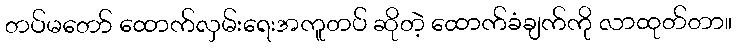
တပ်မတော် ထောက်လှမ်းရေးအကူတပ် ဆိုတဲ့ ထောက်ခံချက်ကို လာထုတ်တာ။